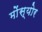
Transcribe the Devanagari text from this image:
मोंस्योर